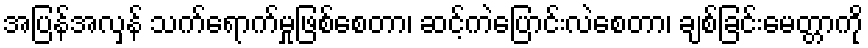
အပြန်အလှန် သက်ရောက်မှုဖြစ်စေတာ၊ ဆင့်ကဲပြောင်းလဲစေတာ၊ ချစ်ခြင်းမေတ္တာကို